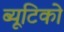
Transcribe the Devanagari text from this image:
ब्यूटिको